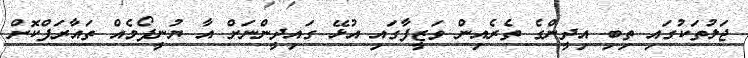
ޖަލުތަކުގައި ތިބި އިދީންގެ ތެރެއިން ވަޒީފާގައި އުޅޭ ގައިދީންނަށް އާ ޔުނީފޯމެއް ތައާރަފްކޮށް